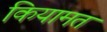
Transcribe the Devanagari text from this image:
कियामत